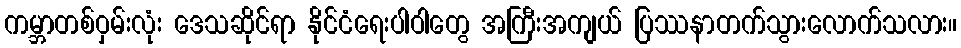
ကမ္ဘာတစ်ဝှမ်းလုံး ဒေသဆိုင်ရာ နိုင်ငံရေးပါဝါတွေ အကြီးအကျယ် ပြဿနာတက်သွားလောက်သလား။